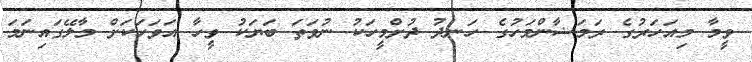
ވީމާ މިއަހަރުގެ ރަމަޟާންމަހުގެ ހަނދު ދުށްމީހަކު ނުވަތަ ބަޔަކު ވީހާ އަވަހަކަށް މާލޭގައިނަމަ